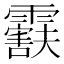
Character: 𬰒